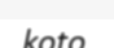
koto